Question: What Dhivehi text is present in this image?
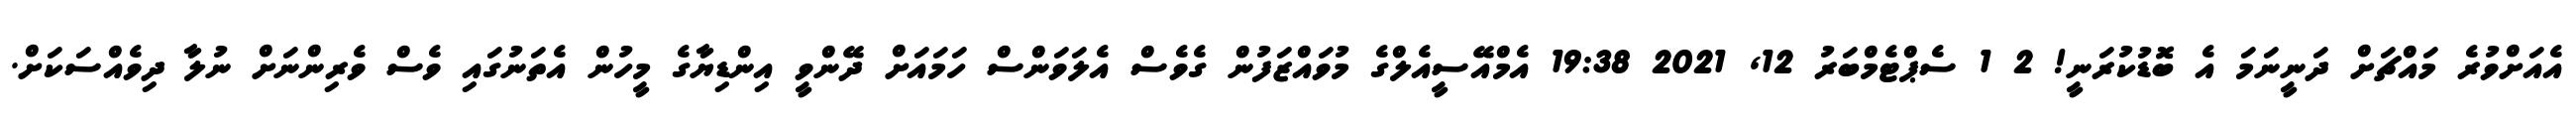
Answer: އެއަށްވުރެ މައްޗަށް ދަނީނަމަ އެ ބޮޑުކުރަނީ! 2 1 ސެޕްޓެމްބަރު 12, 2021 19:38 އެމްއޭސީއެލްގެ މުވައްޒަފުން ގެވެސް އެލަވަންސް ހަމައަށް ދޭންވީ އިންޑިޔާގެ މީހުން އެތަނުގައި ވެސް ވެރިންނަށް ނުލާ ދިވެއްސަކަށް.